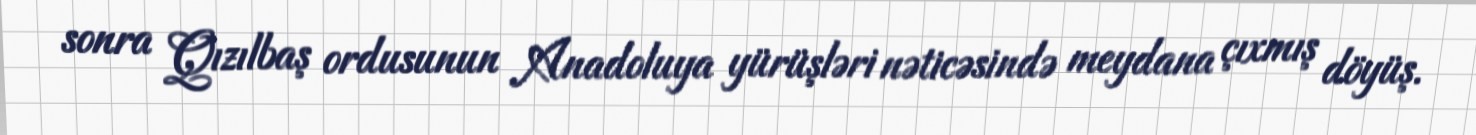
sonra Qızılbaş ordusunun Anadoluya yürüşləri nəticəsində meydana çıxmış döyüş.